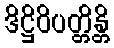
ဒိဋ္ဌိဝိပတ္တိန္တိ